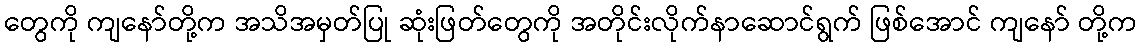
တွေကို ကျနော်တို့က အသိအမှတ်ပြု ဆုံးဖြတ်တွေကို အတိုင်းလိုက်နာဆောင်ရွက် ဖြစ်အောင် ကျနော် တို့က